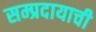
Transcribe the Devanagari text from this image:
सम्प्रदायाची